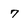
Character: 7